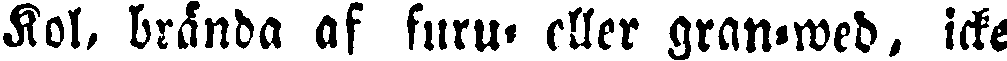
Kol, brända af furu- eller gran-wed, icke